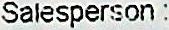
SALESPERSON: